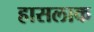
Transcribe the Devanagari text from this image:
हासलाक